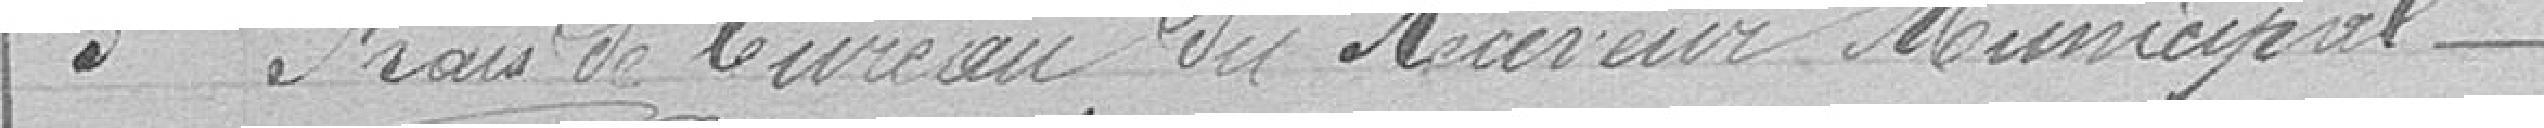
3 Frais de bureau du Receveur Municipal